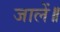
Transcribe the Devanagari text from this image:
जालें॥